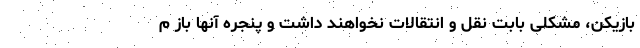
بازیکن، مشکلی بابت نقل و انتقالات نخواهند داشت و پنجره آنها باز م